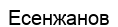
Есенжанов